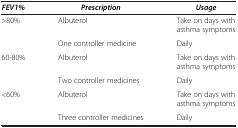
| FEV1% | Prescription | Usage |
 | --- | --- | --- |
 | >80% | Albuterol | Take on days with asthma symptoms |
 |  | One controller medicine | Daily |
 | 60-80% | Albuterol | Take on days with asthma symptoms |
 |  | Two controller medicines | Daily |
 | <60% | Albuterol | Take on days with asthma symptoms |
 |  | Three controller medicines | Daily |